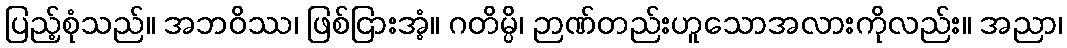
ပြည့်စုံသည်။ အဘဝိဿ၊ ဖြစ်ငြားအံ့။ ဂတိမ္ပိ၊ ဉာဏ်တည်းဟူသောအလားကိုလည်း။ အညာ၊